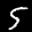
Label: 5